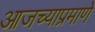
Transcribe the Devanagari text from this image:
आजच्याप्रमाणे